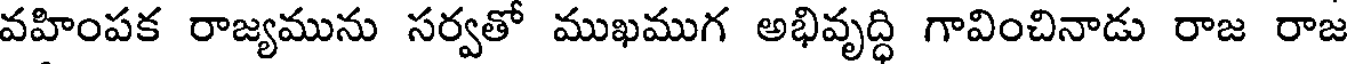
వహింపక రాజ్యమును సర్వతో ముఖముగ అభివృద్ధి గావించినాడు రాజ రాజ